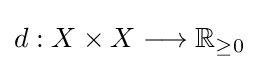
d:X\times X\longrightarrow \mathbb {R} _{\geq 0}